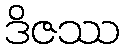
ဒိဇဿ